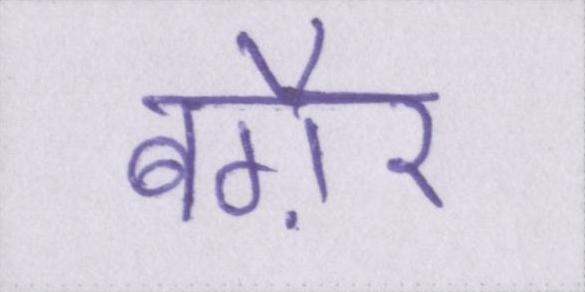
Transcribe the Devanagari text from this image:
बग़ैर